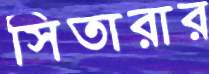
সিতারার